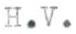
H.V.